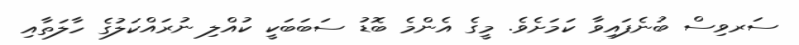
ސަރވިސް ބުނެފައިވާ ކަމަށެވެ. މީގެ އެންމެ ބޮޑު ސަބަބަކީ ކުއްލި ނުރައްކަލުގެ ހާލަތާއި